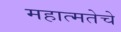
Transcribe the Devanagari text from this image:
महात्मतेचे